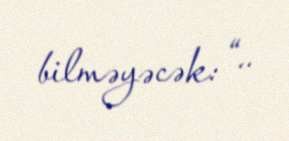
bilməyəcək: “..